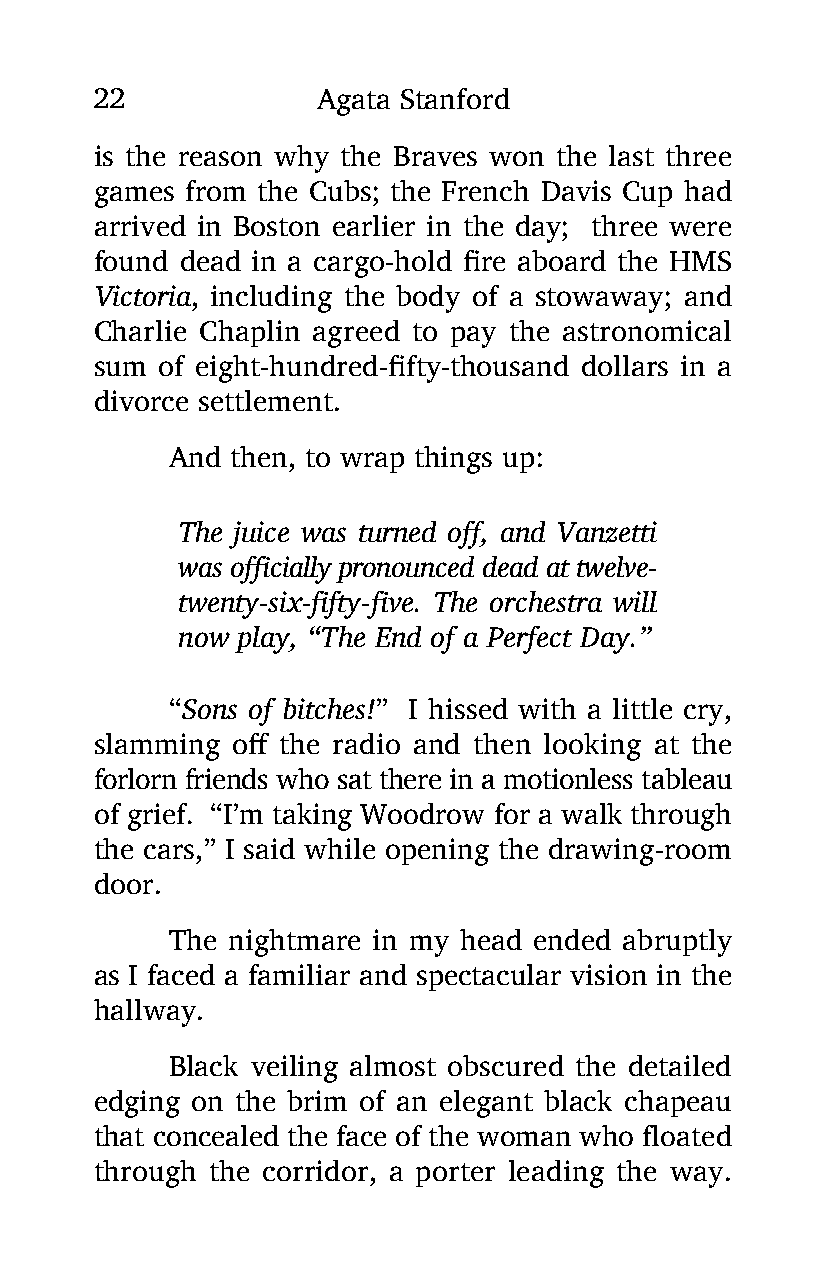
22             Agata Stanford
 is the reason why the Braves won the last three
 games from the Cubs; the French Davis Cup had
 arrived in Boston earlier in the day; three were
 found dead in a cargo-hold fire aboard the HMS
 Victoria, including the body of a stowaway; and
 Charlie Chaplin agreed to pay the astronomical
 sum of eight-hundred-fifty-thousand dollars in a
 divorce settlement.
 And then, to wrap things up:
 The juice was turned off, and Vanzetti
 was officially pronounced dead at twelve-
 twenty-six-fifty-five. The orchestra will
 now play, “The End of a Perfect Day.”
 “Sons of bitches!” I hissed with a little cry,
 slamming off the radio and then looking at the
 forlorn friends who sat there in a motionless tableau
 of grief. “I’m taking Woodrow for a walk through
 the cars,” I said while opening the drawing-room
 door.
 The nightmare in my head ended abruptly
 as I faced a familiar and spectacular vision in the
 hallway.
 Black veiling almost obscured the detailed
 edging on the brim of an elegant black chapeau
 that concealed the face of the woman who floated
 through the corridor, a porter leading the way.